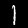
Digit: 1